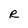
Character: R